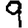
Digit: 9